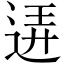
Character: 𨓡